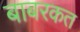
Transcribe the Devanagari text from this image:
बाबरकत